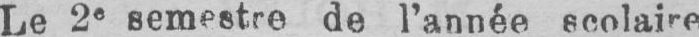
Le 2e semestre de l’année scolaire